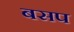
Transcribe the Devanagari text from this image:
बसप